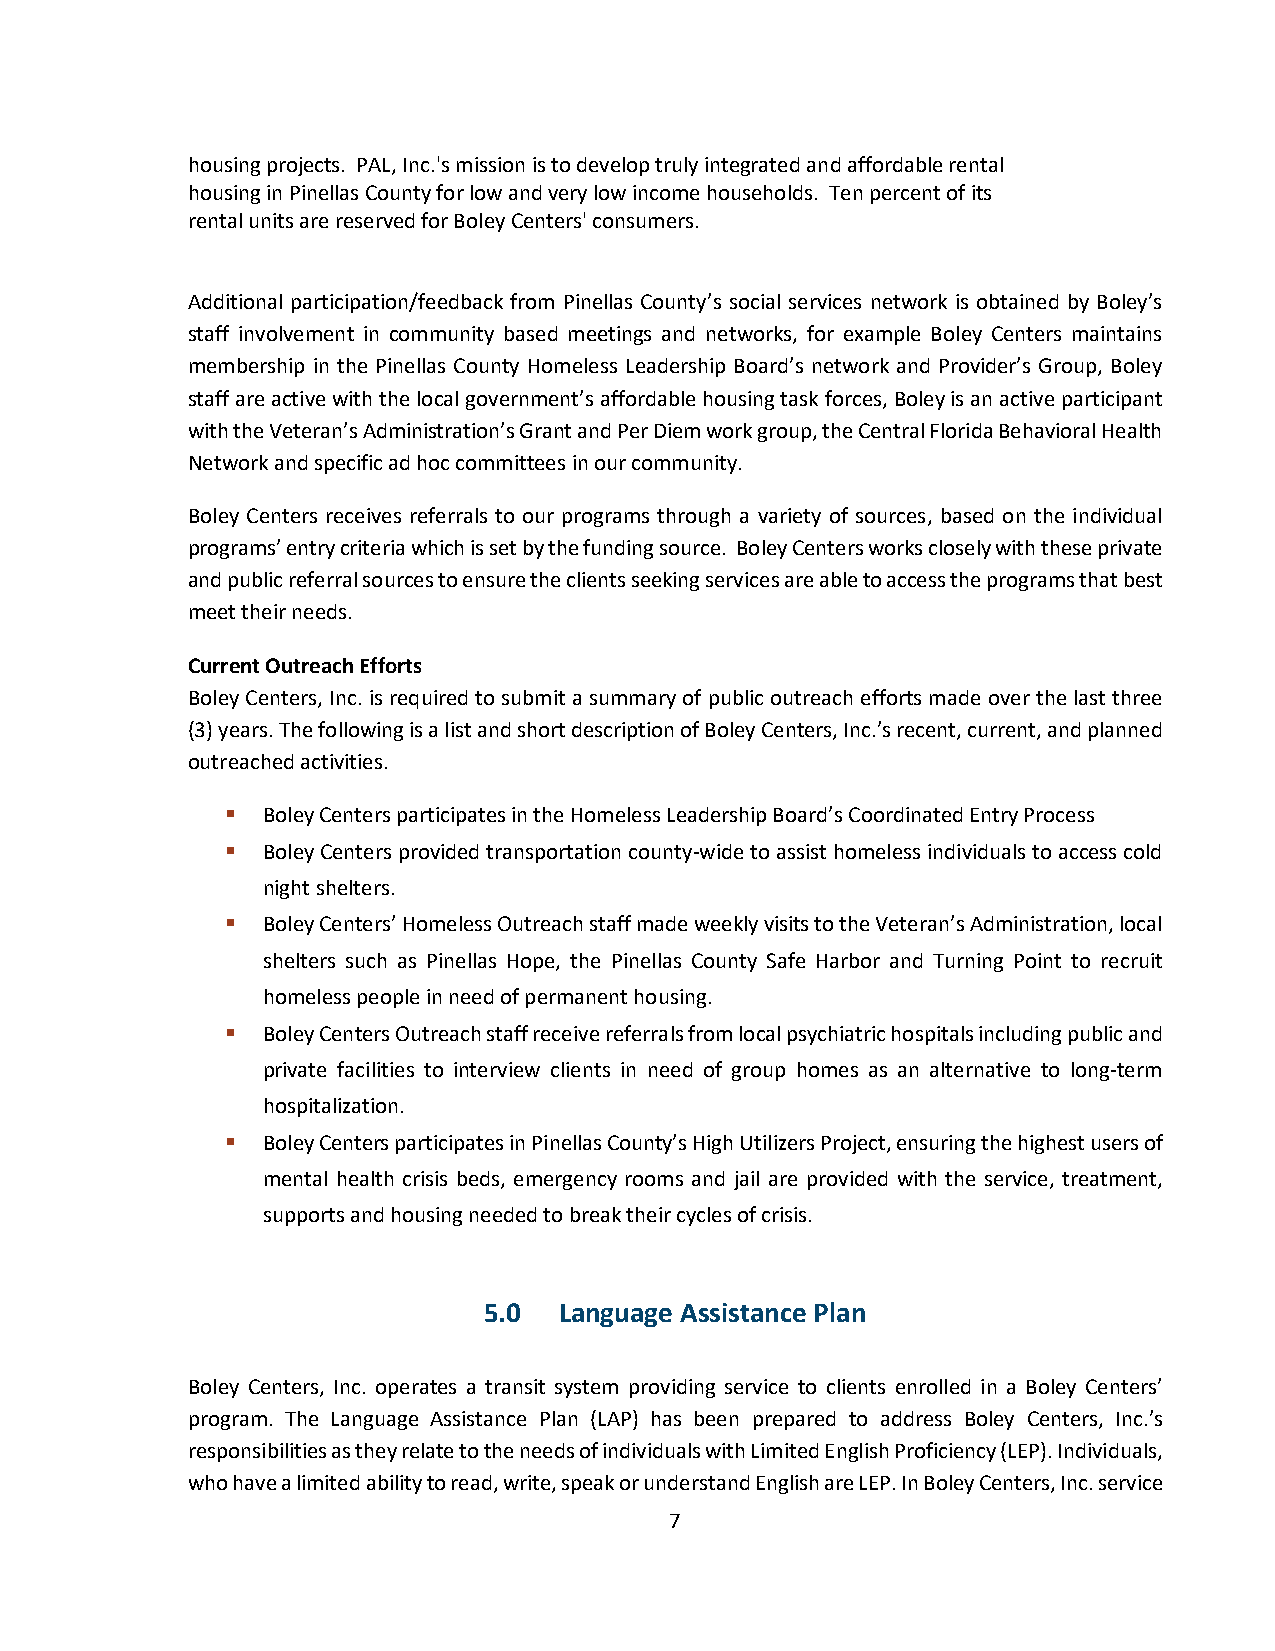
housing projects. PAL, Inc.'s mission is to develop truly integrated and affordable rental
 housing in Pinellas County for low and very low income households. Ten percent of its
 rental units are reserved for Boley Centers' consumers.
 Additional participation/feedback from Pinellas County’s social services network is obtained by Boley’s
 staff involvement in community based meetings and networks, for example Boley Centers maintains
 membership in the Pinellas County Homeless Leadership Board’s network and Provider’s Group, Boley
 staff are active with the local government’s affordable housing task forces, Boley is an active participant
 with the Veteran’s Administration’s Grant and Per Diem work group, the Central Florida Behavioral Health
 Network and specific ad hoc committees in our community.
 Boley Centers receives referrals to our programs through a variety of sources, based on the individual
 programs’ entry criteria which is set by the funding source. Boley Centers works closely with these private
 and public referral sources to ensure the clients seeking services are able to access the programs that best
 meet their needs.
 Current Outreach Efforts
 Boley Centers, Inc. is required to submit a summary of public outreach efforts made over the last three
 (3) years. The following is a list and short description of Boley Centers, Inc.’s recent, current, and planned
 outreached activities.
 ▪ Boley Centers participates in the Homeless Leadership Board’s Coordinated Entry Process
 ▪ Boley Centers provided transportation county-wide to assist homeless individuals to access cold
 night shelters.
 ▪ Boley Centers’ Homeless Outreach staff made weekly visits to the Veteran’s Administration, local
 shelters such as Pinellas Hope, the Pinellas County Safe Harbor and Turning Point to recruit
 homeless people in need of permanent housing.
 ▪ Boley Centers Outreach staff receive referrals from local psychiatric hospitals including public and
 private facilities to interview clients in need of group homes as an alternative to long-term
 hospitalization.
 ▪ Boley Centers participates in Pinellas County’s High Utilizers Project, ensuring the highest users of
 mental health crisis beds, emergency rooms and jail are provided with the service, treatment,
 supports and housing needed to break their cycles of crisis.
 5.0  Language Assistance Plan
 Boley Centers, Inc. operates a transit system providing service to clients enrolled in a Boley Centers’
 program. The Language Assistance Plan (LAP) has been prepared to address Boley Centers, Inc.’s
 responsibilities as they relate to the needs of individuals with Limited English Proficiency (LEP). Individuals,
 who have a limited ability to read, write, speak or understand English are LEP. In Boley Centers, Inc. service
 7